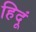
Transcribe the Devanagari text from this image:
हिदूं